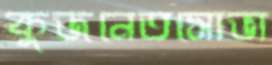
কুজনেতসোভা